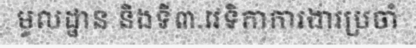
មូលដ្ឋាន និងទី៣.វេទិកាការងារប្រចាំ